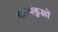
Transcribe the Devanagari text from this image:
कान्यकुब्जो